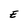
Character: E